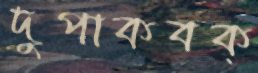
দুপাকবক্